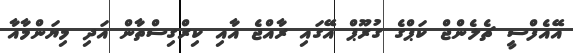
އޭއެފްސީ ޗެލެންޖް ކަޕްގެ ގުރޫޕް އޭގައި ރާއްޖެ އާއި ކިރްގިސްތާން އަދި މިޔަންމާއާ